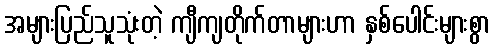
အများပြည်သူသုံးတဲ့ ကျီကျတိုက်တာများဟာ နှစ်ပေါင်းများစွာ